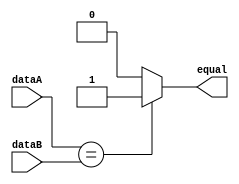
// Branch Hazard Detection Unit

// Equal data detector:
// for branch hazard detection
module equalDet(
    input [31:0] dataA,
    input [31:0] dataB,
    output reg equal
);
    always @(dataA, dataB) begin
        if (dataA == dataB) begin
            equal = 1;
        end
        else begin
            equal = 0;
        end
    end
endmodule

// branch hazard detector IC
module DetectIC(
    input bned,
    input BranchD,
    input equal,
    output reg shouldBranch
);

always @(bned, BranchD, equal) begin
    // need branch & (bne/beq condition satisfied)
    shouldBranch = BranchD & (bned ^ equal); 
end
    
endmodule